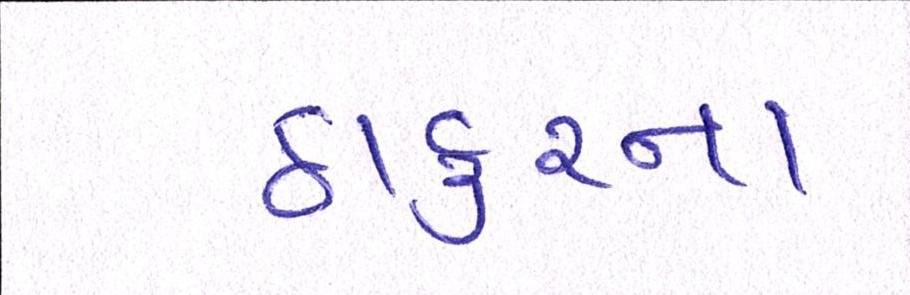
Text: ઠાકુરના